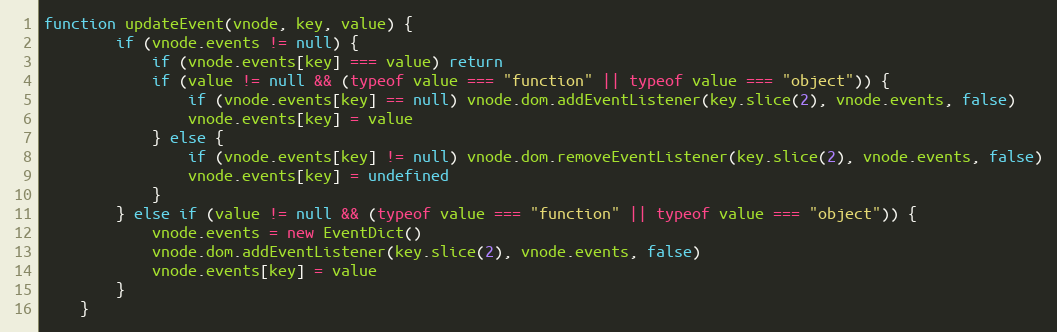
Language: JavaScript
function updateEvent(vnode, key, value) {
		if (vnode.events != null) {
			if (vnode.events[key] === value) return
			if (value != null && (typeof value === "function" || typeof value === "object")) {
				if (vnode.events[key] == null) vnode.dom.addEventListener(key.slice(2), vnode.events, false)
				vnode.events[key] = value
			} else {
				if (vnode.events[key] != null) vnode.dom.removeEventListener(key.slice(2), vnode.events, false)
				vnode.events[key] = undefined
			}
		} else if (value != null && (typeof value === "function" || typeof value === "object")) {
			vnode.events = new EventDict()
			vnode.dom.addEventListener(key.slice(2), vnode.events, false)
			vnode.events[key] = value
		}
	}